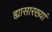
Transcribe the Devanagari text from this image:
ह्यासारख्यां